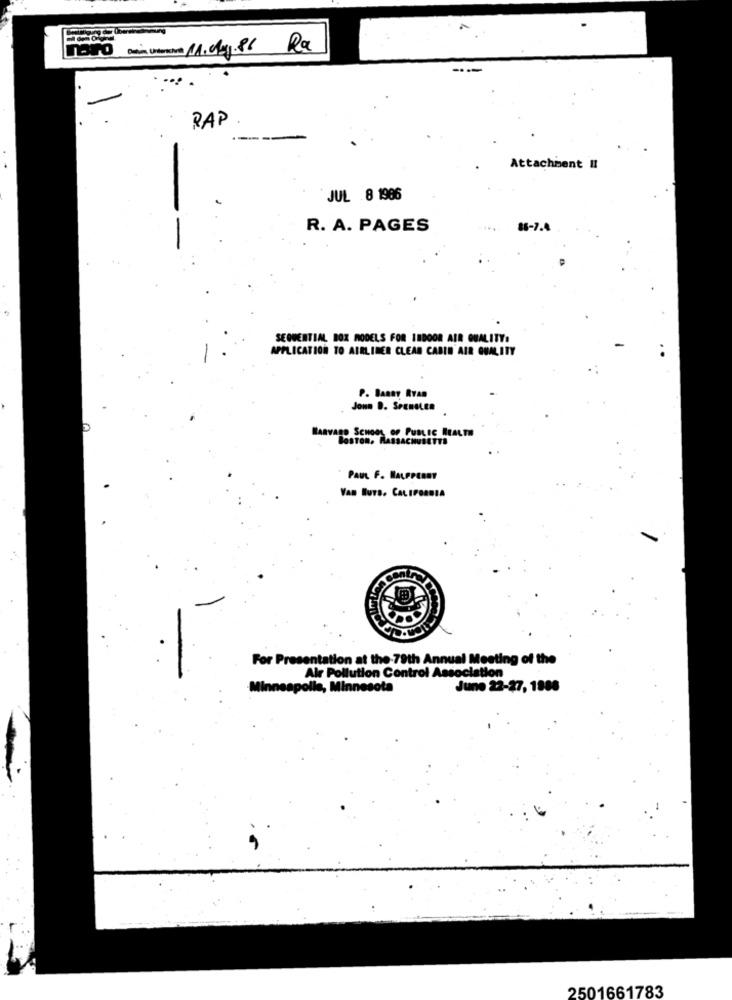
naro Mein Untersove 1.04.86 Rx
RAP
Attachment II
JUL 8 1986
R. A. PAGES
...
86-7.
SEQUENTIAL BOX MODELS FOR INDOOR AIR QUALITY:
APPLICATION TO AIRLINER CLEAR CABIN AIR QUALITY
P. BARRY RYAN
Joun D. SPENGLER
HARVARD SCHOOL OF PUBLIC HEALTH
BOSTON, MASSACHUSETTS
PAUL F. HALFPERRY
Van Burs. CatsPeansa
For Presentation at the 79th Annual Meeting of the
Air Pollution Control Association
Minneapolle, Minneso
June 22-27, 1988
2501661783